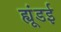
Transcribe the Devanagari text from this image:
ह्यूंडई